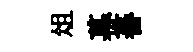
俎幕蕃